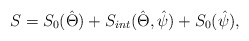
\begin{align*}S = S_0(\hat{\Theta})+S_{int}(\hat{\Theta},\hat{\psi}) +S_0(\hat{\psi}),\end{align*}